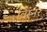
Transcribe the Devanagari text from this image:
विस्नर